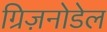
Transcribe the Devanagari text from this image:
ग्रिज़नोडेल